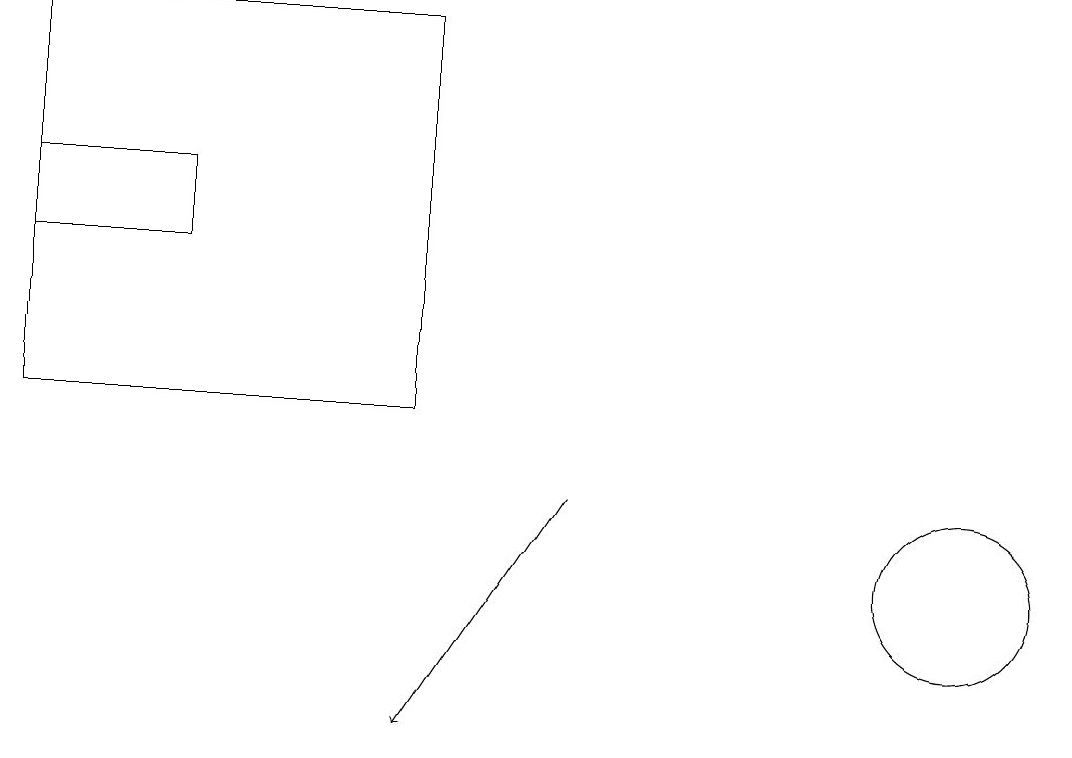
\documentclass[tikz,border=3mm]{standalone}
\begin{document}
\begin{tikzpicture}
\draw[->] (7,13) -- (5,10);
\draw (0,17) rectangle (2,16);
\draw (5,14) rectangle (0,19);
\draw (12,12) circle (1);
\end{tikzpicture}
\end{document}